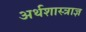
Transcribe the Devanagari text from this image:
अर्थशास्त्राज्ञ